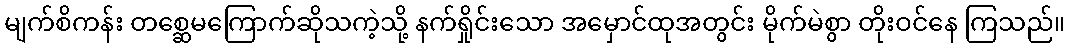
မျက်စိကန်း တစ္ဆေမကြောက်ဆိုသကဲ့သို့ နက်ရှိုင်းသော အမှောင်ထုအတွင်း မိုက်မဲစွာ တိုးဝင်နေ ကြသည်။